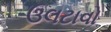
ઉલટાવો